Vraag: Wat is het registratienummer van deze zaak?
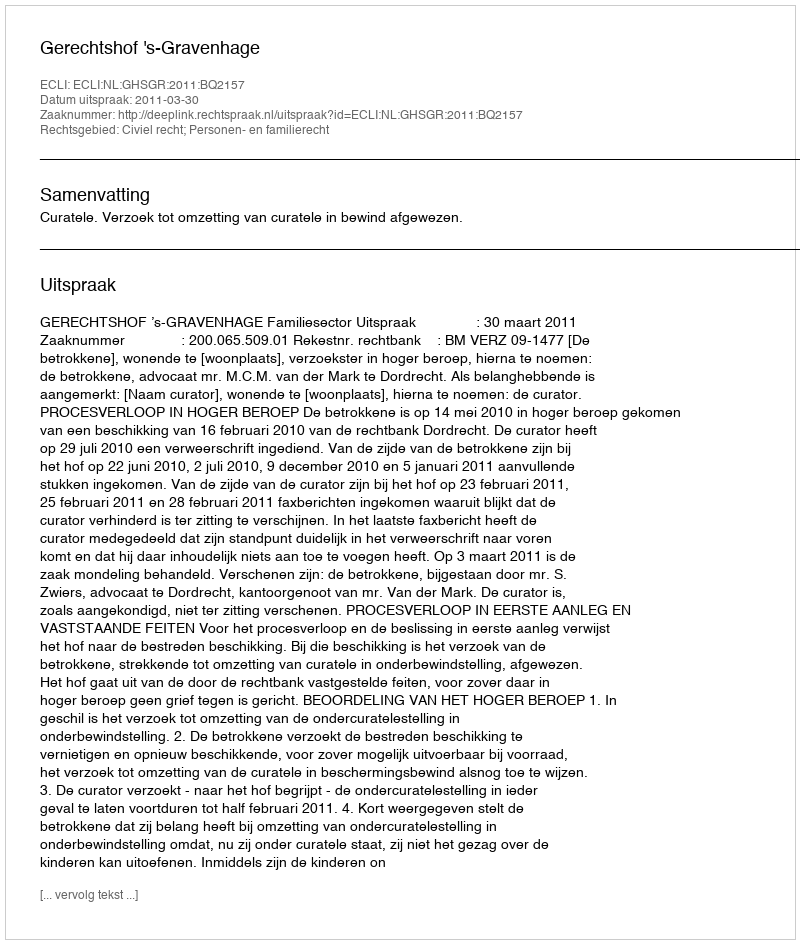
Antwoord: http://deeplink.rechtspraak.nl/uitspraak?id=ECLI:NL:GHSGR:2011:BQ2157